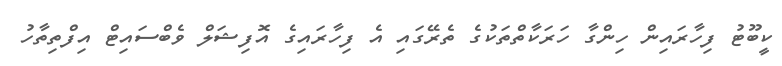
ކީބޫޓު ފިިހާރައިން ހިންގާ ހަރަކާތްތަކުގެ ތެރޭގައި އެ ފިހާރައިގެ އޮފިޝަލް ވެބްސައިޓް އިފްތިތާހު